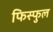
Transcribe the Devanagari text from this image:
फिस्फुल